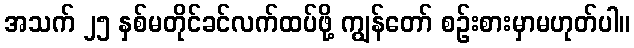
အသက် ၂၅ နှစ်မတိုင်ခင်လက်ထပ်ဖို့ ကျွန်တော် စဉ်းစားမှာမဟုတ်ပါ။